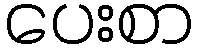
ပေးစာ